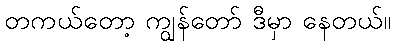
တကယ်တော့ ကျွန်တော် ဒီမှာ နေတယ်။